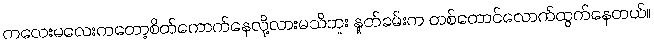
ကလေးမလေးကတော့စိတ်ကောက်နေလို့လားမသိဘူး နှုတ်ခမ်းက တစ်တောင်လောက်ထွက်နေတယ်။